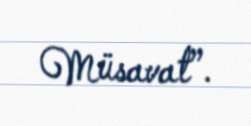
Müsavat”.